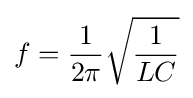
f={\frac {1}{2\pi }}{\sqrt {\frac {1}{LC}}}